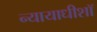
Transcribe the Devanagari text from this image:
न्यायाधीशॉ